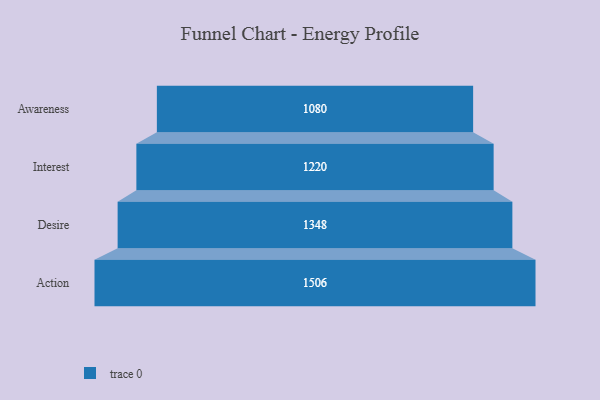
{"axis": {"x": "Stage", "y": "Value"}, "legend": [""], "data": [{"x": "Awareness", "y": 1080.0, "type": ""}, {"x": "Interest", "y": 1220.0, "type": ""}, {"x": "Desire", "y": 1348.0, "type": ""}, {"x": "Action", "y": 1506.0, "type": ""}]}